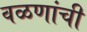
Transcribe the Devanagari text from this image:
वळणांची